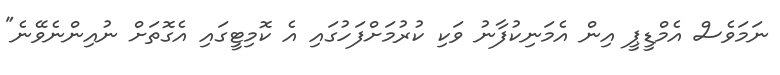
ނަމަވެސް އެމްޑީޕީ އިން އެމަނިކުފާނު ވަކި ކުރުމަށްފަހުގައި އެ ކޮމިޓީގައި އެގޮތަށް ނުއިންނެވޭނެ"